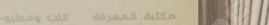
مكتبة المعرفة   كتب ومطبو